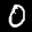
Label: 0